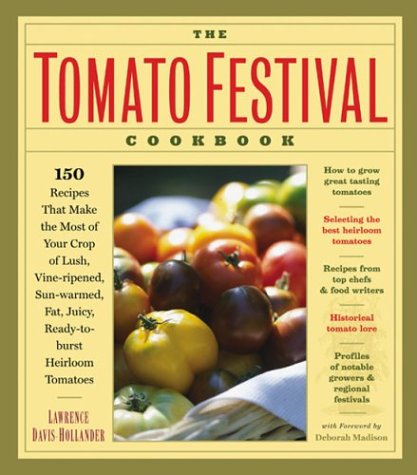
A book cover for The Tomato Festival Cookbook: 150 Recipes that Make the Most of Your Crop of Lush, Vine-Ripened, Sun-Warmed, Fat, Juicy, Ready-to-Burst Heirloom Tomatoes; Lawrence Davis-Hollander; Cookbooks, Food & Wine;